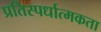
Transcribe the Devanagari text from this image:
प्रतिस्‍पर्धात्‍मकता